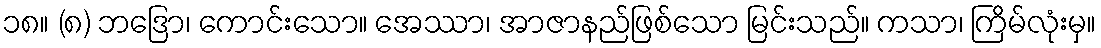
၁၈။ (၈) ဘဒြော၊ ကောင်းသော။ အေဿာ၊ အာဇာနည်ဖြစ်သော မြင်းသည်။ ကသာ၊ ကြိမ်လုံးမှ။